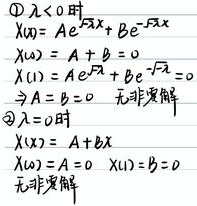
1. 当\(\lambda<0\)时：
\[
\begin{align*}
X(x)&=Ae^{\sqrt{-\lambda}x}+Be^{-\sqrt{-\lambda}x}\\
X(0)&=A + B = 0\\
X(1)&=Ae^{\sqrt{-\lambda}}+Be^{-\sqrt{-\lambda}} = 0
\end{align*}
\]
由此可得\(A = B = 0\)，无非零解。

2. 当\(\lambda = 0\)时：
\[
\begin{align*}
X(x)&=A + Bx\\
X(0)&=A = 0\\
X(1)&=B = 0
\end{align*}
\]
无非零解。